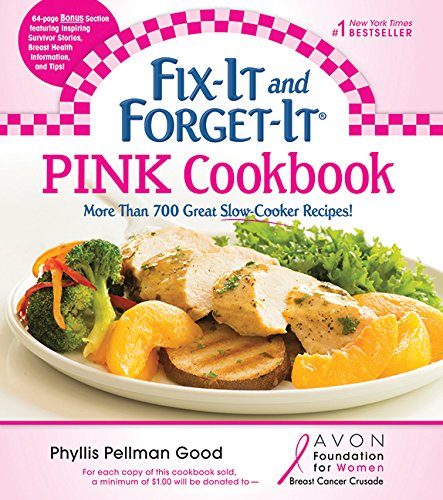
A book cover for Fix-It and Forget-It Pink Cookbook: More Than 700 Great Slow-Cooker Recipes!; Phyllis Good; Health, Fitness & Dieting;